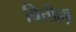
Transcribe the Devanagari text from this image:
बित्तील्ला